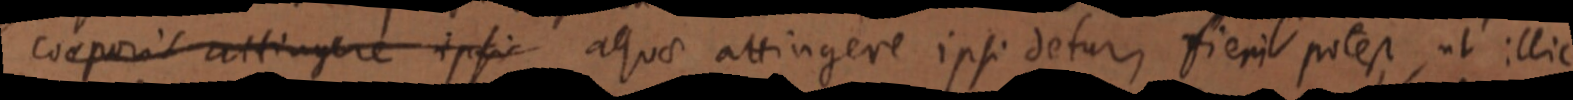
corporis attingere ipsi aquae attingere ipsi detur, fieri potest, ut illic